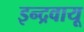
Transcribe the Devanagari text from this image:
इन्द्रवायू